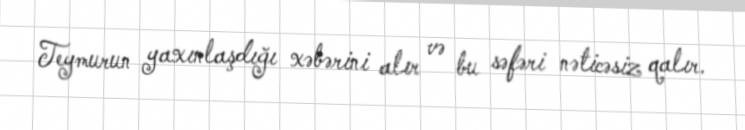
Teymurun yaxınlaşdığı xəbərini alır və bu səfəri nəticəsiz qalır.